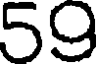
59